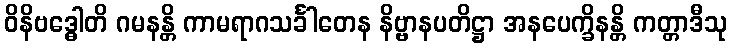
ဝိနိဗဒ္ဓေါတိ ဂမနန္တိ ကာမရာဂသင်္ခါတေန နိဗ္ဗာနပတိဋ္ဌာ အနပေက္ခိနန္တိ ကတ္တာဒီသု